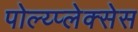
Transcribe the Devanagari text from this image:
पोल्य्प्लेक्सेस